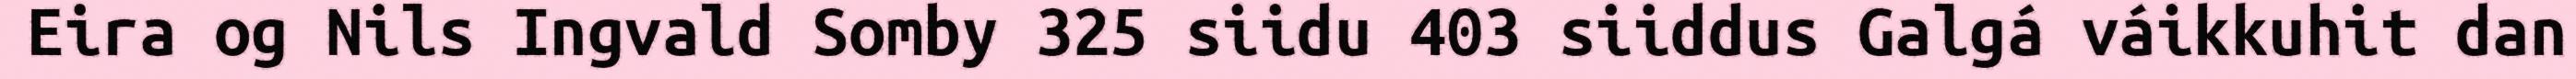
Eira og Nils Ingvald Somby 325 siidu 403 siiddus Galgá váikkuhit dan